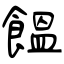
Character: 饂